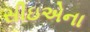
સીઇએના